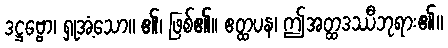
ဒဋ္ဌဗ္ဗော၊ ရှုအံ့သော။ ၏၊ ဖြစ်၏။ ဧတ္ထပန၊ ဤအတ္ထဒဿီဘုရား၏။